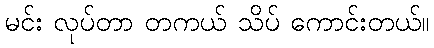
မင်း လုပ်တာ တကယ် သိပ် ကောင်းတယ်။